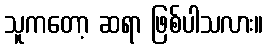
သူကတော့ ဆရာ ဖြစ်ပါသလား။